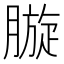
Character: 𣎓